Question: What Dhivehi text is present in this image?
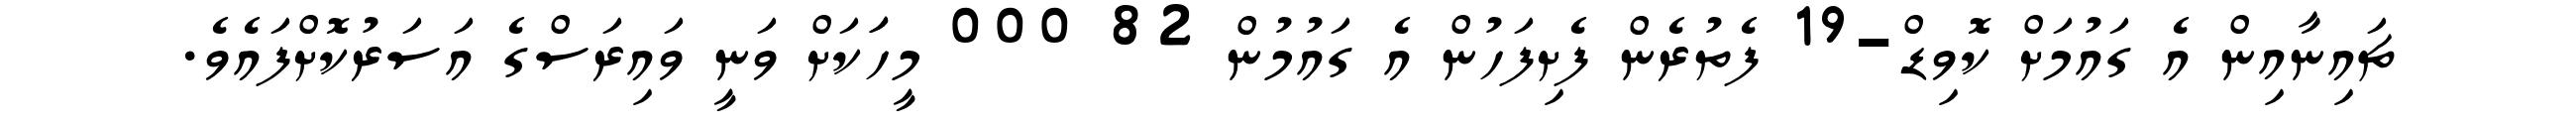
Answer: ޗައިނާއިން އެ ގައުމަށް ކޮވިޑް-19 ފެތުރެން ފެށިފަހުން އެ ގައުމުން 82 000 މީހަަކަށް ވަނީ ވައިރަސްގެ އަސަރުކޮށްފައެވެ.